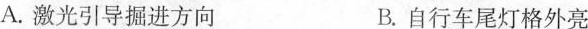
A.激光引导掘进方向 B.自行车尾灯格外亮